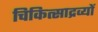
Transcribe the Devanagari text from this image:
चिकित्साद्रव्यों